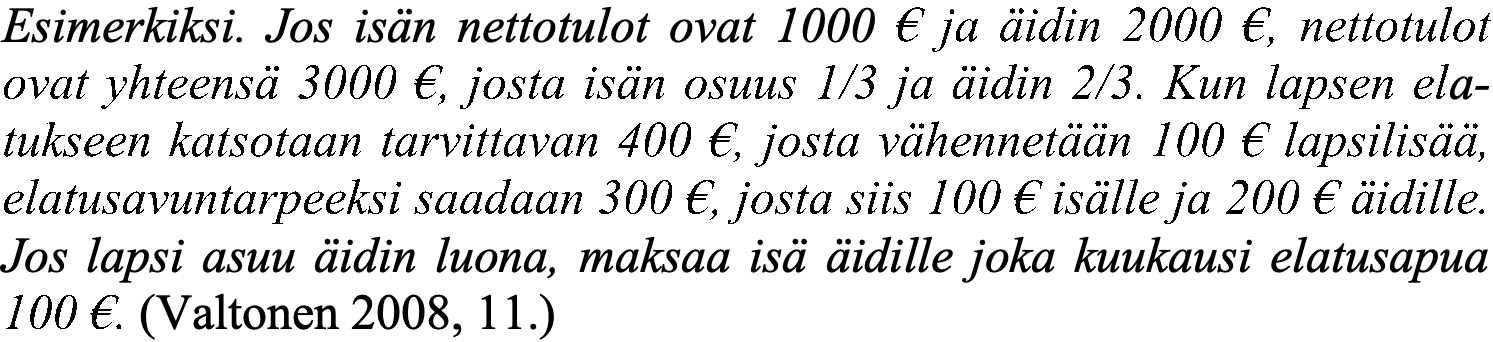
Esimerkiksi. Jos isän nettotulot ovat 1000 € ja äidin 2000 €, nettotulot ovat yhteensä 3000 €, josta isän osuus 1/3 ja äidin 2/3. Kun lapsen ela- tukseen katsotaan tarvittavan 400 €, josta vähennetään 100 € lapsilisää, elatusavuntarpeeksi saadaan 300 €, josta siis 100 € isälle ja 200 € äidille. Jos lapsi asuu äidin luona, maksaa isä äidille joka kuukausi elatusapua 100 €. (Valtonen 2008, 11.)